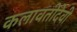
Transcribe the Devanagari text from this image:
कलावतीदेवी